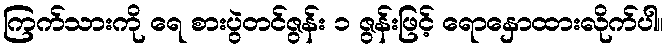
ကြက်သားကို ရေ စားပွဲတင်ဇွန်း ၁ ဇွန်းဖြင့် ရောနှောထားလိုက်ပါ။